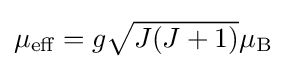
{\textstyle \mu _{\text{eff}}=g{\sqrt {J(J+1)}}\mu _{\text{B}}}